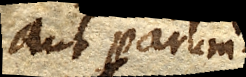
aut parum